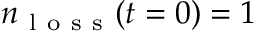
n _ { \mathrm { ~ l ~ o ~ s ~ s ~ } } ( t = 0 ) = 1